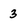
Character: 3